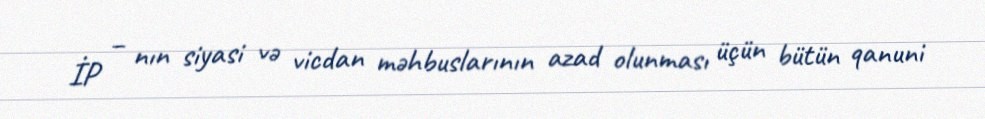
İP – nın siyasi və vicdan məhbuslarının azad olunması üçün bütün qanuni